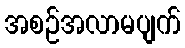
အစဉ်အလာမပျက်